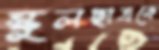
স্কুলছাত্রকে